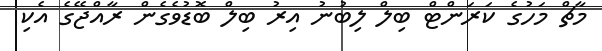
މާޗް މަހުގެ ކަރަންޓް ބިލް ލިބުނު އިރު ބިލް ބޮޑުވެގެން ރާއްޖޭގެ އެކި